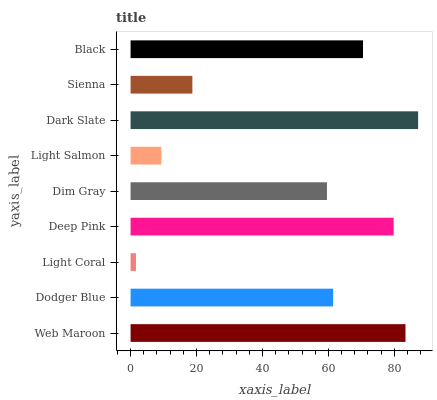
| yaxis_label | bars |
 | --- | --- |
 | Web Maroon | 83.4 |
 | Dodger Blue | 61.4 |
 | Light Coral | 1.64 |
 | Deep Pink | 79.8 |
 | Dim Gray | 59.6 |
 | Light Salmon | 9.32 |
 | Dark Slate | 87.2 |
 | Sienna | 18.7 |
 | Black | 70.5 |